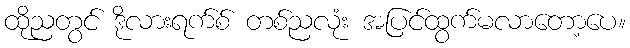
ထိုညတွင် ဒိုလားရက်စ် တစ်ညလုံး အပြင်ထွက်မလာတော့ပေ။